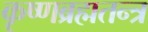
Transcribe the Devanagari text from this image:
कृष्णब्रह्मतन्त्र